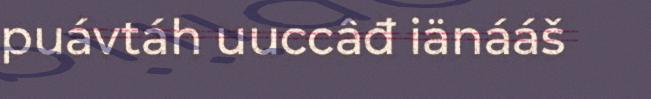
puávtáh uuccâđ iänááš